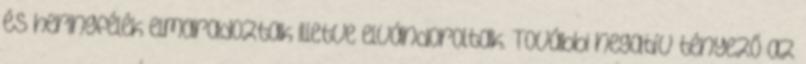
és heringfélék elmaradoztak illetve elvándoroltak. További negatív tényező az